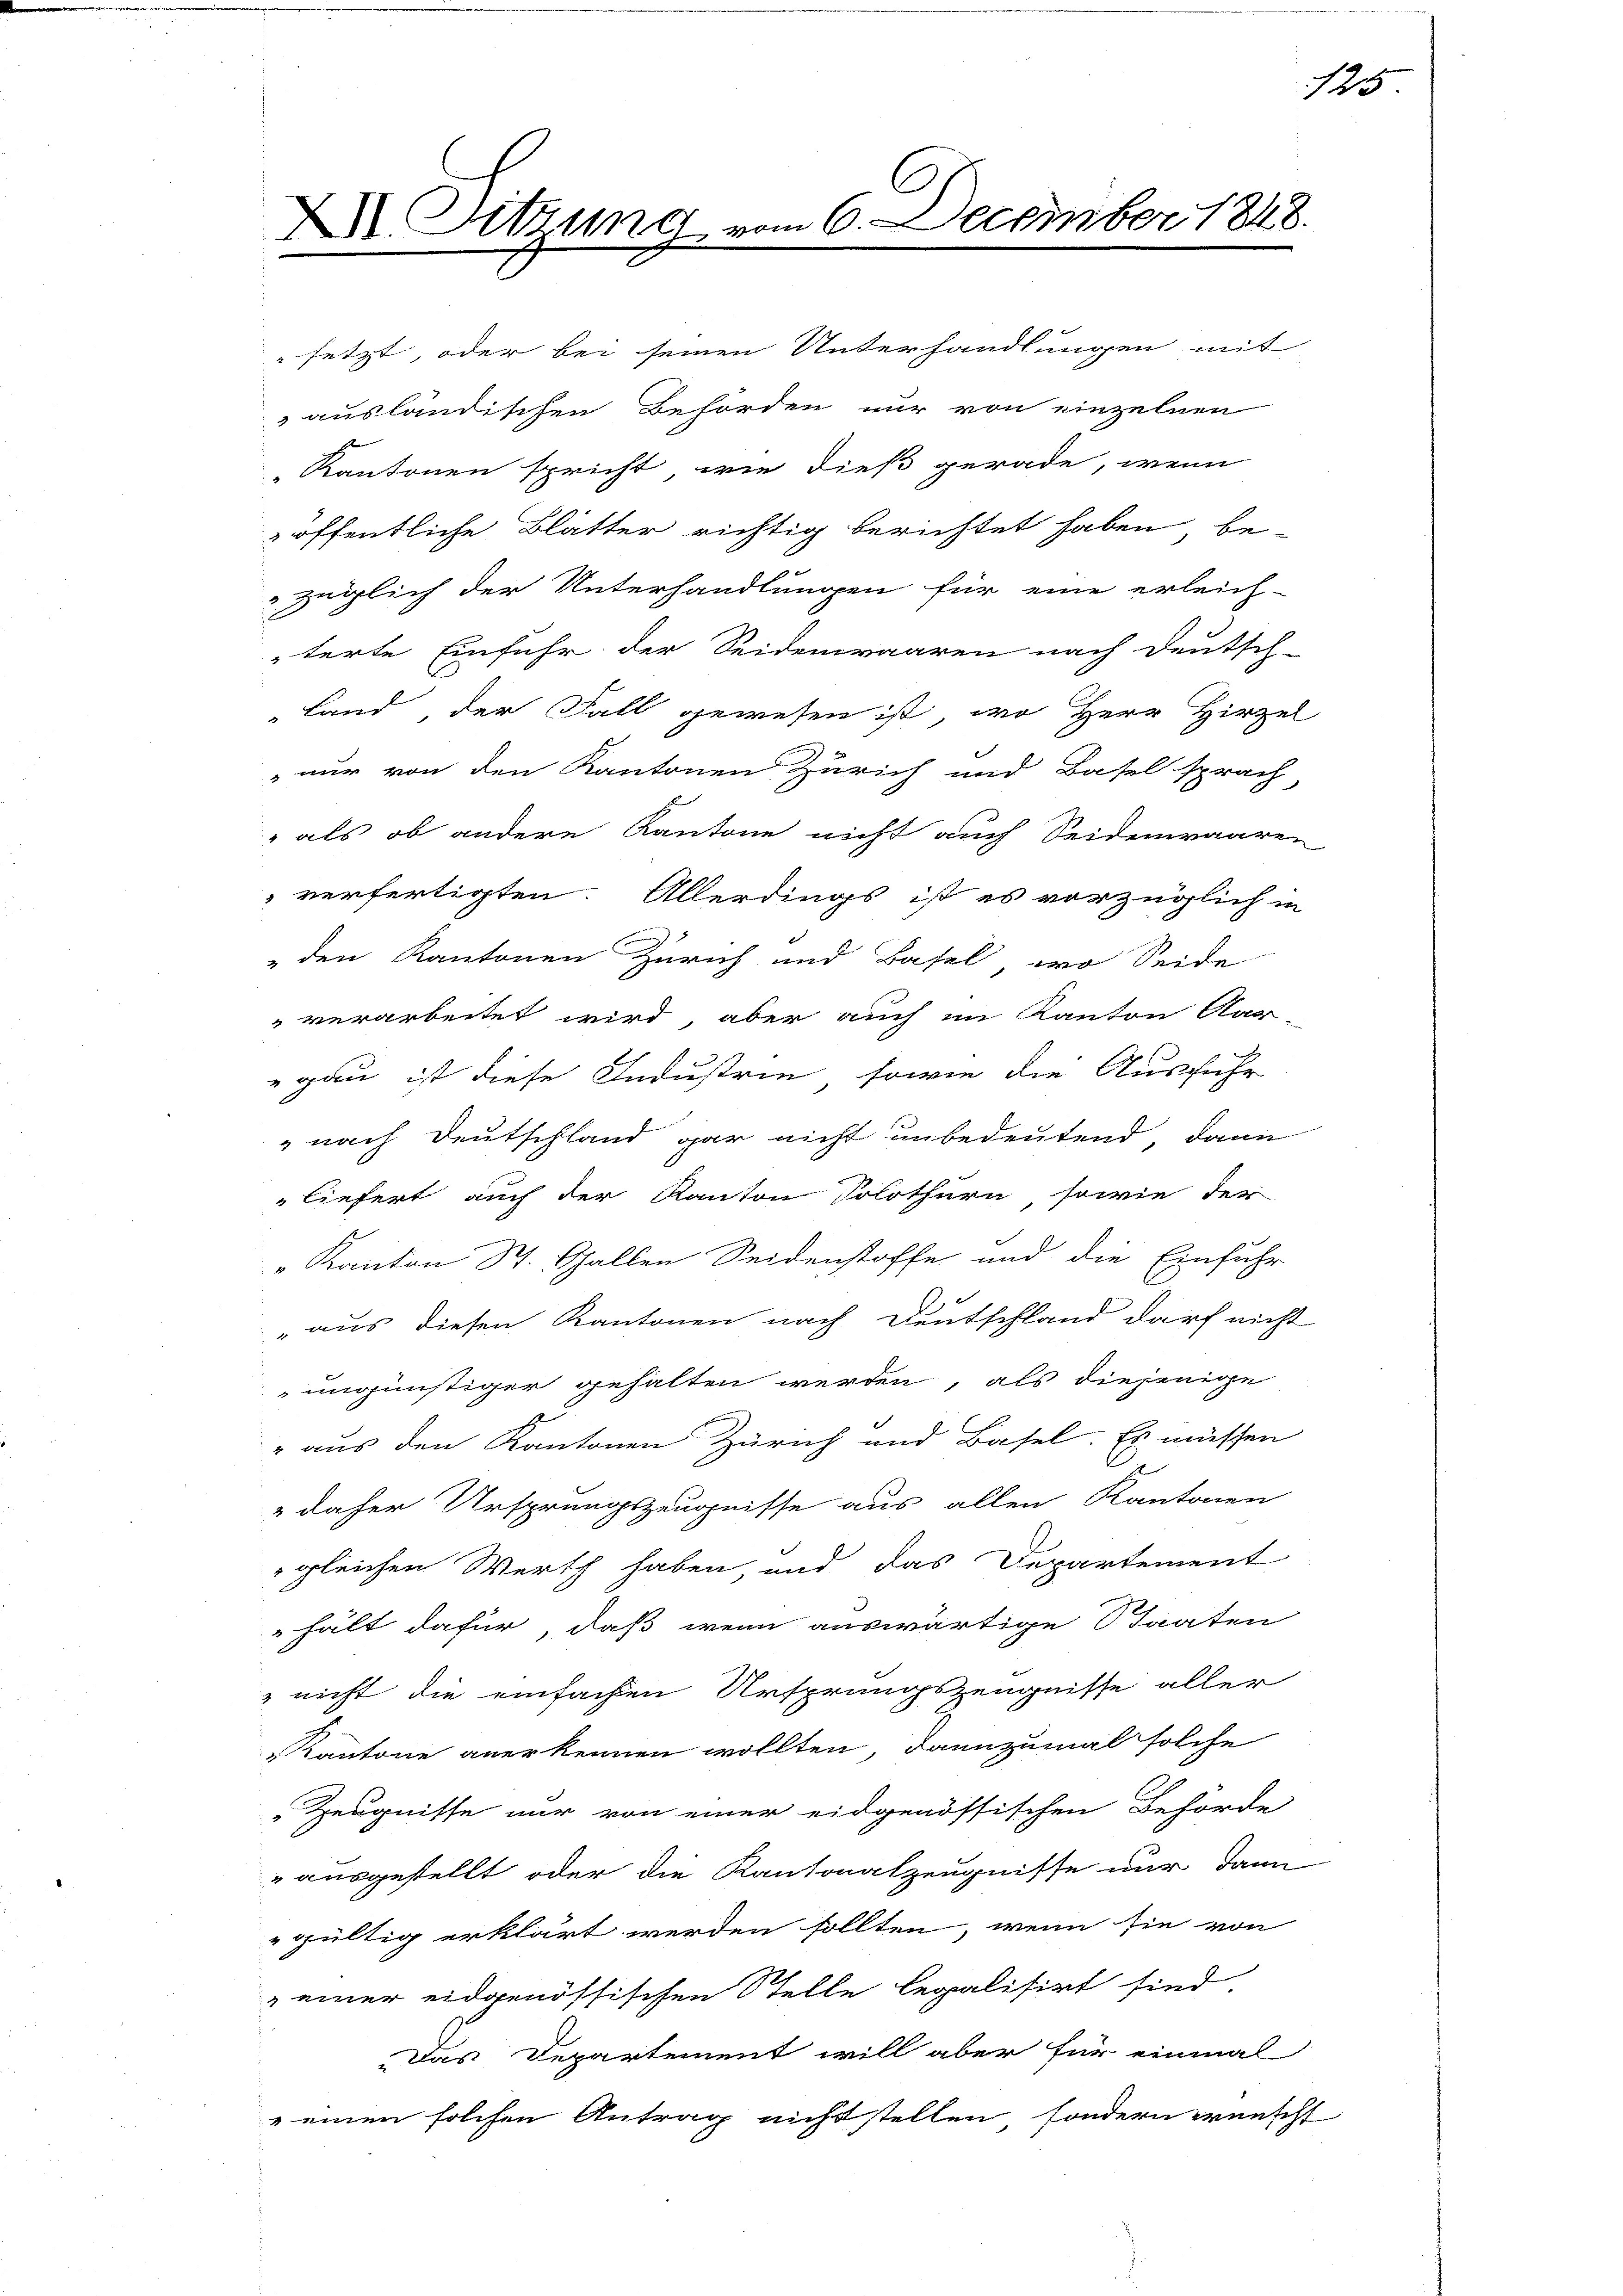
.
XXI. Sitzung vom 6. December 1848.

ausländischen Behörden nur von einzelnen
Kantonen spricht, wie dieß gerade, wenn
öffentliche Blätter richtig berichtet haben be-
6
züglich der Unterhandlungen für eine erleich-
terte Einfuhr der Seidenwaaren nach deutsch-
Land der Fall gewesen ist, wo Herr Hirzel
nur von den Kantonen Zürich und Basel sprach
" als ob andere Kantone nicht auch Seidenwaaren
verfertigten. Allerdings ist es vorzüglich in
e
" den Kantonen Zürich und Basel, wo Seide
" verarbeitet wird, aber auch im Kanton Aar-
gau ist diese Industrie, sowie die Ausfuhr
" nach Deutschland gar nicht unbedeutend, dann
liefert auch der Kanton Solothurn, sowie der
„Kanton St. Gallen Seidenstoffe und die Einfuhr
" aus diesen Kantonen nach Deutschland darf nicht
ungünstiger gehalten werden, als diejenige
" aus den Kantonen Zürich und Basel. Es müssen
 daher Ursprungszeugnisse aus allen Kantonen
gleichen Werth haben, und das Departement
hält dafür, daß wenn auswärtige Staaten
 nicht die einfachen Ursprungszeugnisse aller
Kantone anerkennen wollten, dannzumal solche
Zeugnisse nur von einer eidgenössischen Behörde
" ausgestellt oder die Kantonalzeugnisse nur dann
gültig erklärt werden sollten, wenn sie von
einer eidgenössischen Stelle legalisirt sind.
Das Departement will aber für einmal
" einen solchen Antrag nicht stellen, sondern wünscht

setzt, oder bei seinen Unterhandlungen mit

125